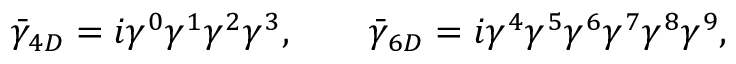
\bar { \gamma } _ { 4 D } = i \gamma ^ { 0 } \gamma ^ { 1 } \gamma ^ { 2 } \gamma ^ { 3 } , \qquad \bar { \gamma } _ { 6 D } = i \gamma ^ { 4 } \gamma ^ { 5 } \gamma ^ { 6 } \gamma ^ { 7 } \gamma ^ { 8 } \gamma ^ { 9 } ,